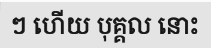
ៗ ហើយ បុគ្គល នោះ